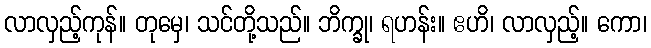
လာလှည့်ကုန်။ တုမှေ၊ သင်တို့သည်။ ဘိက္ခု၊ ရဟန်း။ ဧဟိ၊ လာလှည့်။ ကော၊